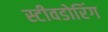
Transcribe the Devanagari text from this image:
स्टीवडोरिंग